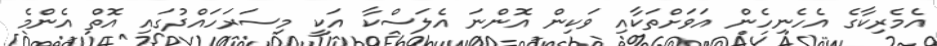
އެމެރިކާގެ އެހެނިހެން އަވަށްތަކާއި ވަކިން އޮންނަ އެލަސްކާ އަކީ މިސަރަހައްދުގައި އޮތް އެންމެ